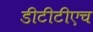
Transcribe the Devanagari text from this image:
डीटीटीएच